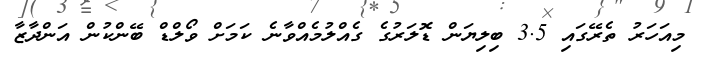
މިއަހަރު ތެރޭގައި 3.5 ބިލިޔަން ޑޮލަރުގެ ގެއްލުމެއްވާނެ ކަމަށް ވޯލްޑް ބޭންކުން އަންދާޒާ